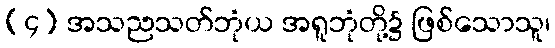
(၄) အသညသတ်ဘုံယ အရူဘုံတို့၌ ဖြစ်သောသူ၊